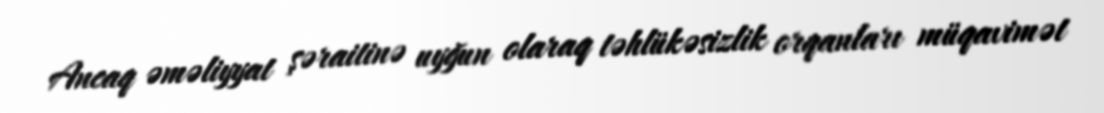
Ancaq əməliyyat şəraitinə uyğun olaraq təhlükəsizlik orqanları müqavimət